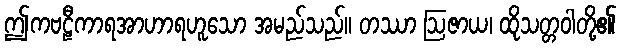
ဤကဗဠီကာရအာဟာရဟူသော အမည်သည်။ တဿာ ဩဇာယ၊ ထိုသတ္တဝါတို့၏